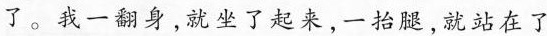
了。我一翻身，就坐了起来，一抬腿,就站在了